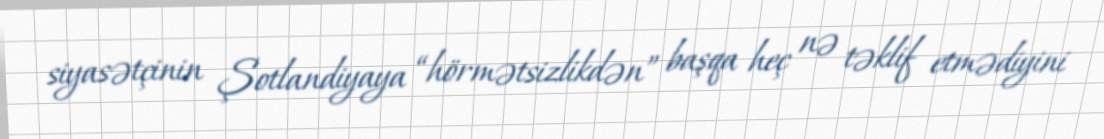
siyasətçinin Şotlandiyaya “hörmətsizlikdən” başqa heç nə təklif etmədiyini